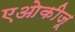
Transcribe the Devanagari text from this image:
एओकीज़ू